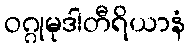
ဝဂ္ဂုမုဒါတီရိယာနံ